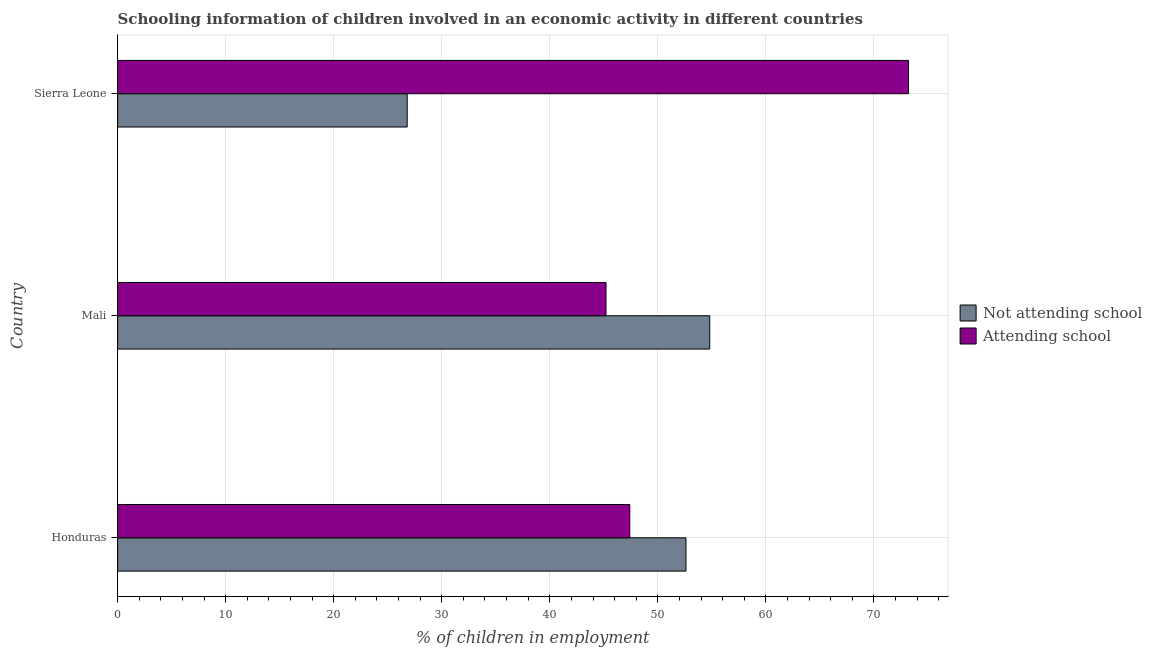
| Country | Not attending school | Attending school |
 | --- | --- | --- |
 | Honduras | 52.6 | 47.4 |
 | Mali | 54.8 | 45.2 |
 | Sierra Leone | 26.8 | 73.2 |